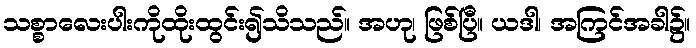
သစ္စာလေးပါးကိုထိုးထွင်း၍သိသည်။ အဟု၊ ဖြစ်ပြီ။ ယဒါ၊ အကြင်အခါ၌။